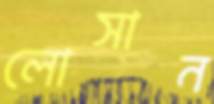
লোসান